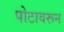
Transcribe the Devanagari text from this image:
पोटावरून